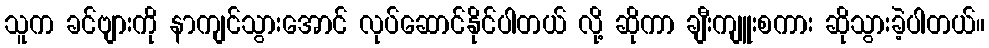
သူက ခင်ဗျားကို နာကျင်သွားအောင် လုပ်ဆောင်နိုင်ပါတယ် လို့ ဆိုကာ ချီးကျူးစကား ဆိုသွားခဲ့ပါတယ်။